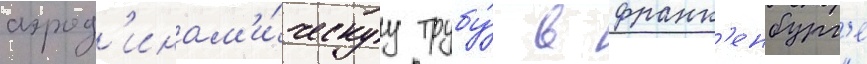
аэрод'инам'и́ческуу трубу́ в франк'енбург'е